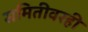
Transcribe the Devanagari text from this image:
समितीवरही